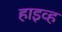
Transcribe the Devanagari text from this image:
हाइव्ह